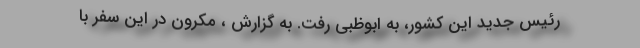
رئیس جدید این کشور، به ابوظبی رفت. به گزارش ، مکرون در این سفر با